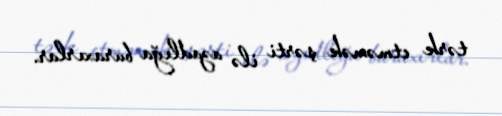
tərk etməmək şərti ilə azadlığa buraxırlar.